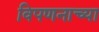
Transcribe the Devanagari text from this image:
विपणनाच्या